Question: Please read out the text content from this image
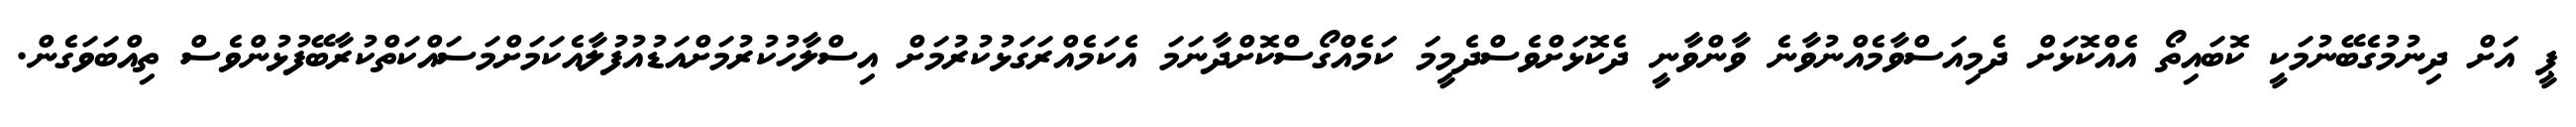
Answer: ޕީ އަށް ދިނުމުގެބޭނުމަކީ ކޮބައިތޯ އެއްކޮޅަށް ދެމިއަސްވާމެއްނުވާނެ ވާންވާނީ ދެކޮޅަށްވެސްދެމީމަ ކަމެއްގޯސްކޮށްދާނަމަ އެކަމެއްރަގަޅުކުރުމަށް އިސްލާހުކުރުމަށްއަޑުއުފުލާއެކަމަށްމަސައްކަތްކުރާބޭފުޅުންވެސް ތިއްބަވަގެން.